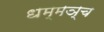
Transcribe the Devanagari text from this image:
धम्मञ्च